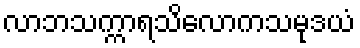
လာဘသက္ကာရသိလောကသမုဒယံ